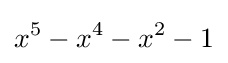
x^{5}-x^{4}-x^{2}-1